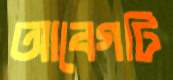
আবেগটি